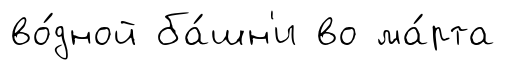
во́дной ба́шн'и во ма́рта